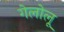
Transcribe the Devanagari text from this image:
गेलोलू